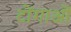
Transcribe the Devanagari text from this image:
टोंगाओं